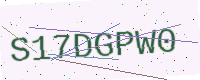
Text: S17DGPW0